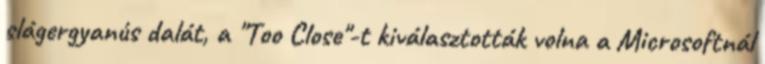
slágergyanús dalát, a "Too Close"-t kiválasztották volna a Microsoftnál